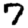
Digit: 7